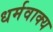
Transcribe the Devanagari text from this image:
धर्मवाक्य